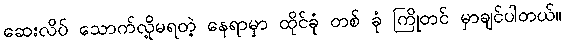
ဆေးလိပ် သောက်လို့မရတဲ့ နေရာမှာ ထိုင်ခုံ တစ် ခုံ ကြိုတင် မှာချင်ပါတယ်။